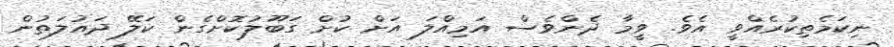
ނިކަމެތިކުރެއްވީ އެވެ. ވީމާ ދެންވެސް އަމިއްލަ އަށް ކުށް ގަބޫލުކޮށްގެން ކަލޭ ދައުލަތުން